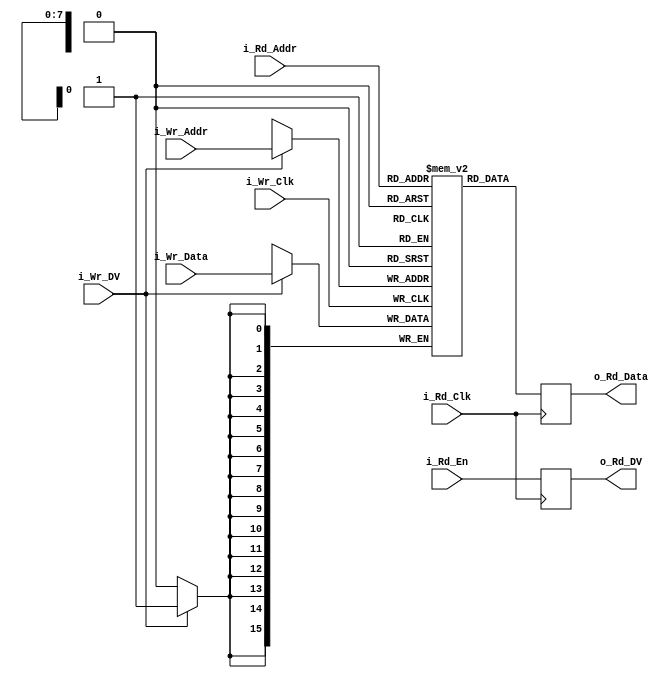
// Russell Merrick - http://www.nandland.com
//
// Creates a Dual (2) Port RAM (Random Access Memory)
// Single port RAM has one port, so can only access one memory location at a time.
// Dual port RAM can read and write to different memory locations at the same time.
//
// WIDTH sets the width of the Memory created.
// DEPTH sets the depth of the Memory created.
// Likely tools will infer Block RAM if WIDTH/DEPTH is large enough.
// If small, tools will infer register-based memory.
// 
// Can be used in two different clock domains, or can tie i_Wr_Clk 
// and i_Rd_Clk to same clock for operation in a single clock domain.

module RAM_2Port #(parameter WIDTH = 16, DEPTH = 256)
  (// Write Signals
   input                     i_Wr_Clk,
   input [$clog2(DEPTH)-1:0] i_Wr_Addr,
   input                     i_Wr_DV,
   input [WIDTH-1:0]         i_Wr_Data,
   // Read Signals
   input                     i_Rd_Clk,
   input [$clog2(DEPTH)-1:0] i_Rd_Addr,
   input                     i_Rd_En,
   output reg                o_Rd_DV,
   output reg [WIDTH-1:0]    o_Rd_Data
   );

  // Declare the Memory variable
  reg [WIDTH-1:0] r_Mem[DEPTH-1:0];

  // Handle writes to memory
  always @ (posedge i_Wr_Clk)
  begin
    if (i_Wr_DV)
    begin
      r_Mem[i_Wr_Addr] <= i_Wr_Data;
    end
  end

  // Handle reads from memory
  always @ (posedge i_Rd_Clk)
  begin
    o_Rd_Data <= r_Mem[i_Rd_Addr];
    o_Rd_DV   <= i_Rd_En;
  end

endmodule